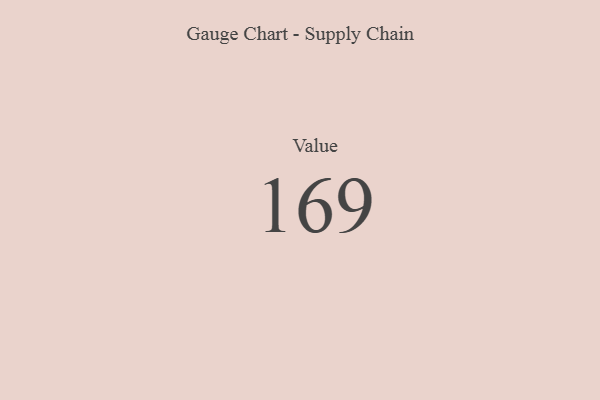
{"axis": {"x": "Metric", "y": "Value"}, "legend": [""], "data": [{"x": "Value", "y": 169, "type": ""}]}